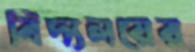
বিদ্যলয়ের